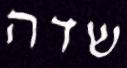
שדה